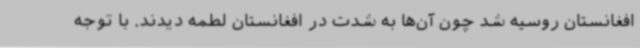
افغانستان روسیه شد چون آن‌ها به شدت در افغانستان لطمه دیدند. با توجه